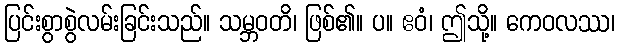
ပြင်းစွာစွဲလမ်းခြင်းသည်။ သမ္ဘဝတိ၊ ဖြစ်၏။ ပ။ ဧဝံ၊ ဤသို့။ ကေဝလဿ၊